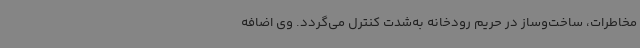
مخاطرات، ساخت‌وساز در حریم رودخانه به‌شدت کنترل می‌گردد. وی اضافه